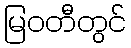
မြဝတီတွင်